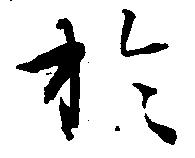
於